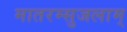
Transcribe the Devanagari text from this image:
मातरम्सुजलाम्